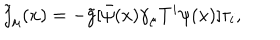
{ \tilde { j } } _ { \mu } ( x ) = - { \tilde { g } } [ { \bar { \psi } } ( x ) \gamma _ { \mu } T ^ { i } \psi ( x ) ] \tau _ { i } ,